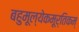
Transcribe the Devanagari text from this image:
बहुमूल्येकमूर्तिकम्‌